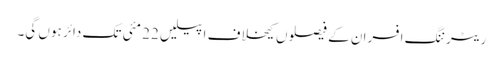
ریٹرننگ افسران کے فیصلوں کیخلاف اپیلیں 22 مئی تک دائر ہوں گی۔